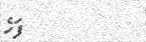
ފަހެ